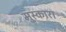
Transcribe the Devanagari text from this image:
मुस्कारा